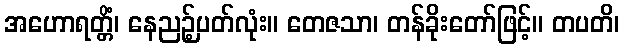
အဟောရတ္တိံ၊ နေညဉ့်ပတ်လုံး။ တေဇသာ၊ တန်ခိုးတော်ဖြင့်။ တပတိ၊